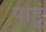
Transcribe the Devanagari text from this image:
पाडूं